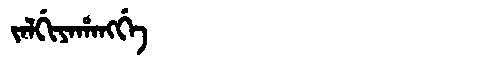
Manchu: ᠵᠠᠯᡤᡳᠶᠠᡥᠠᠩᡤᡝ
Romanization: JALGIYAHANGGE